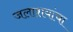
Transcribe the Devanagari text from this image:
जलाशयांचा